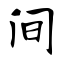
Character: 间